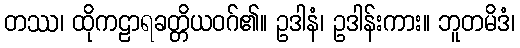
တဿ၊ ထိုကဠာရခတ္တိယဝဂ်၏။ ဥဒါနံ၊ ဥဒါန်းကား။ ဘူတမိဒံ၊